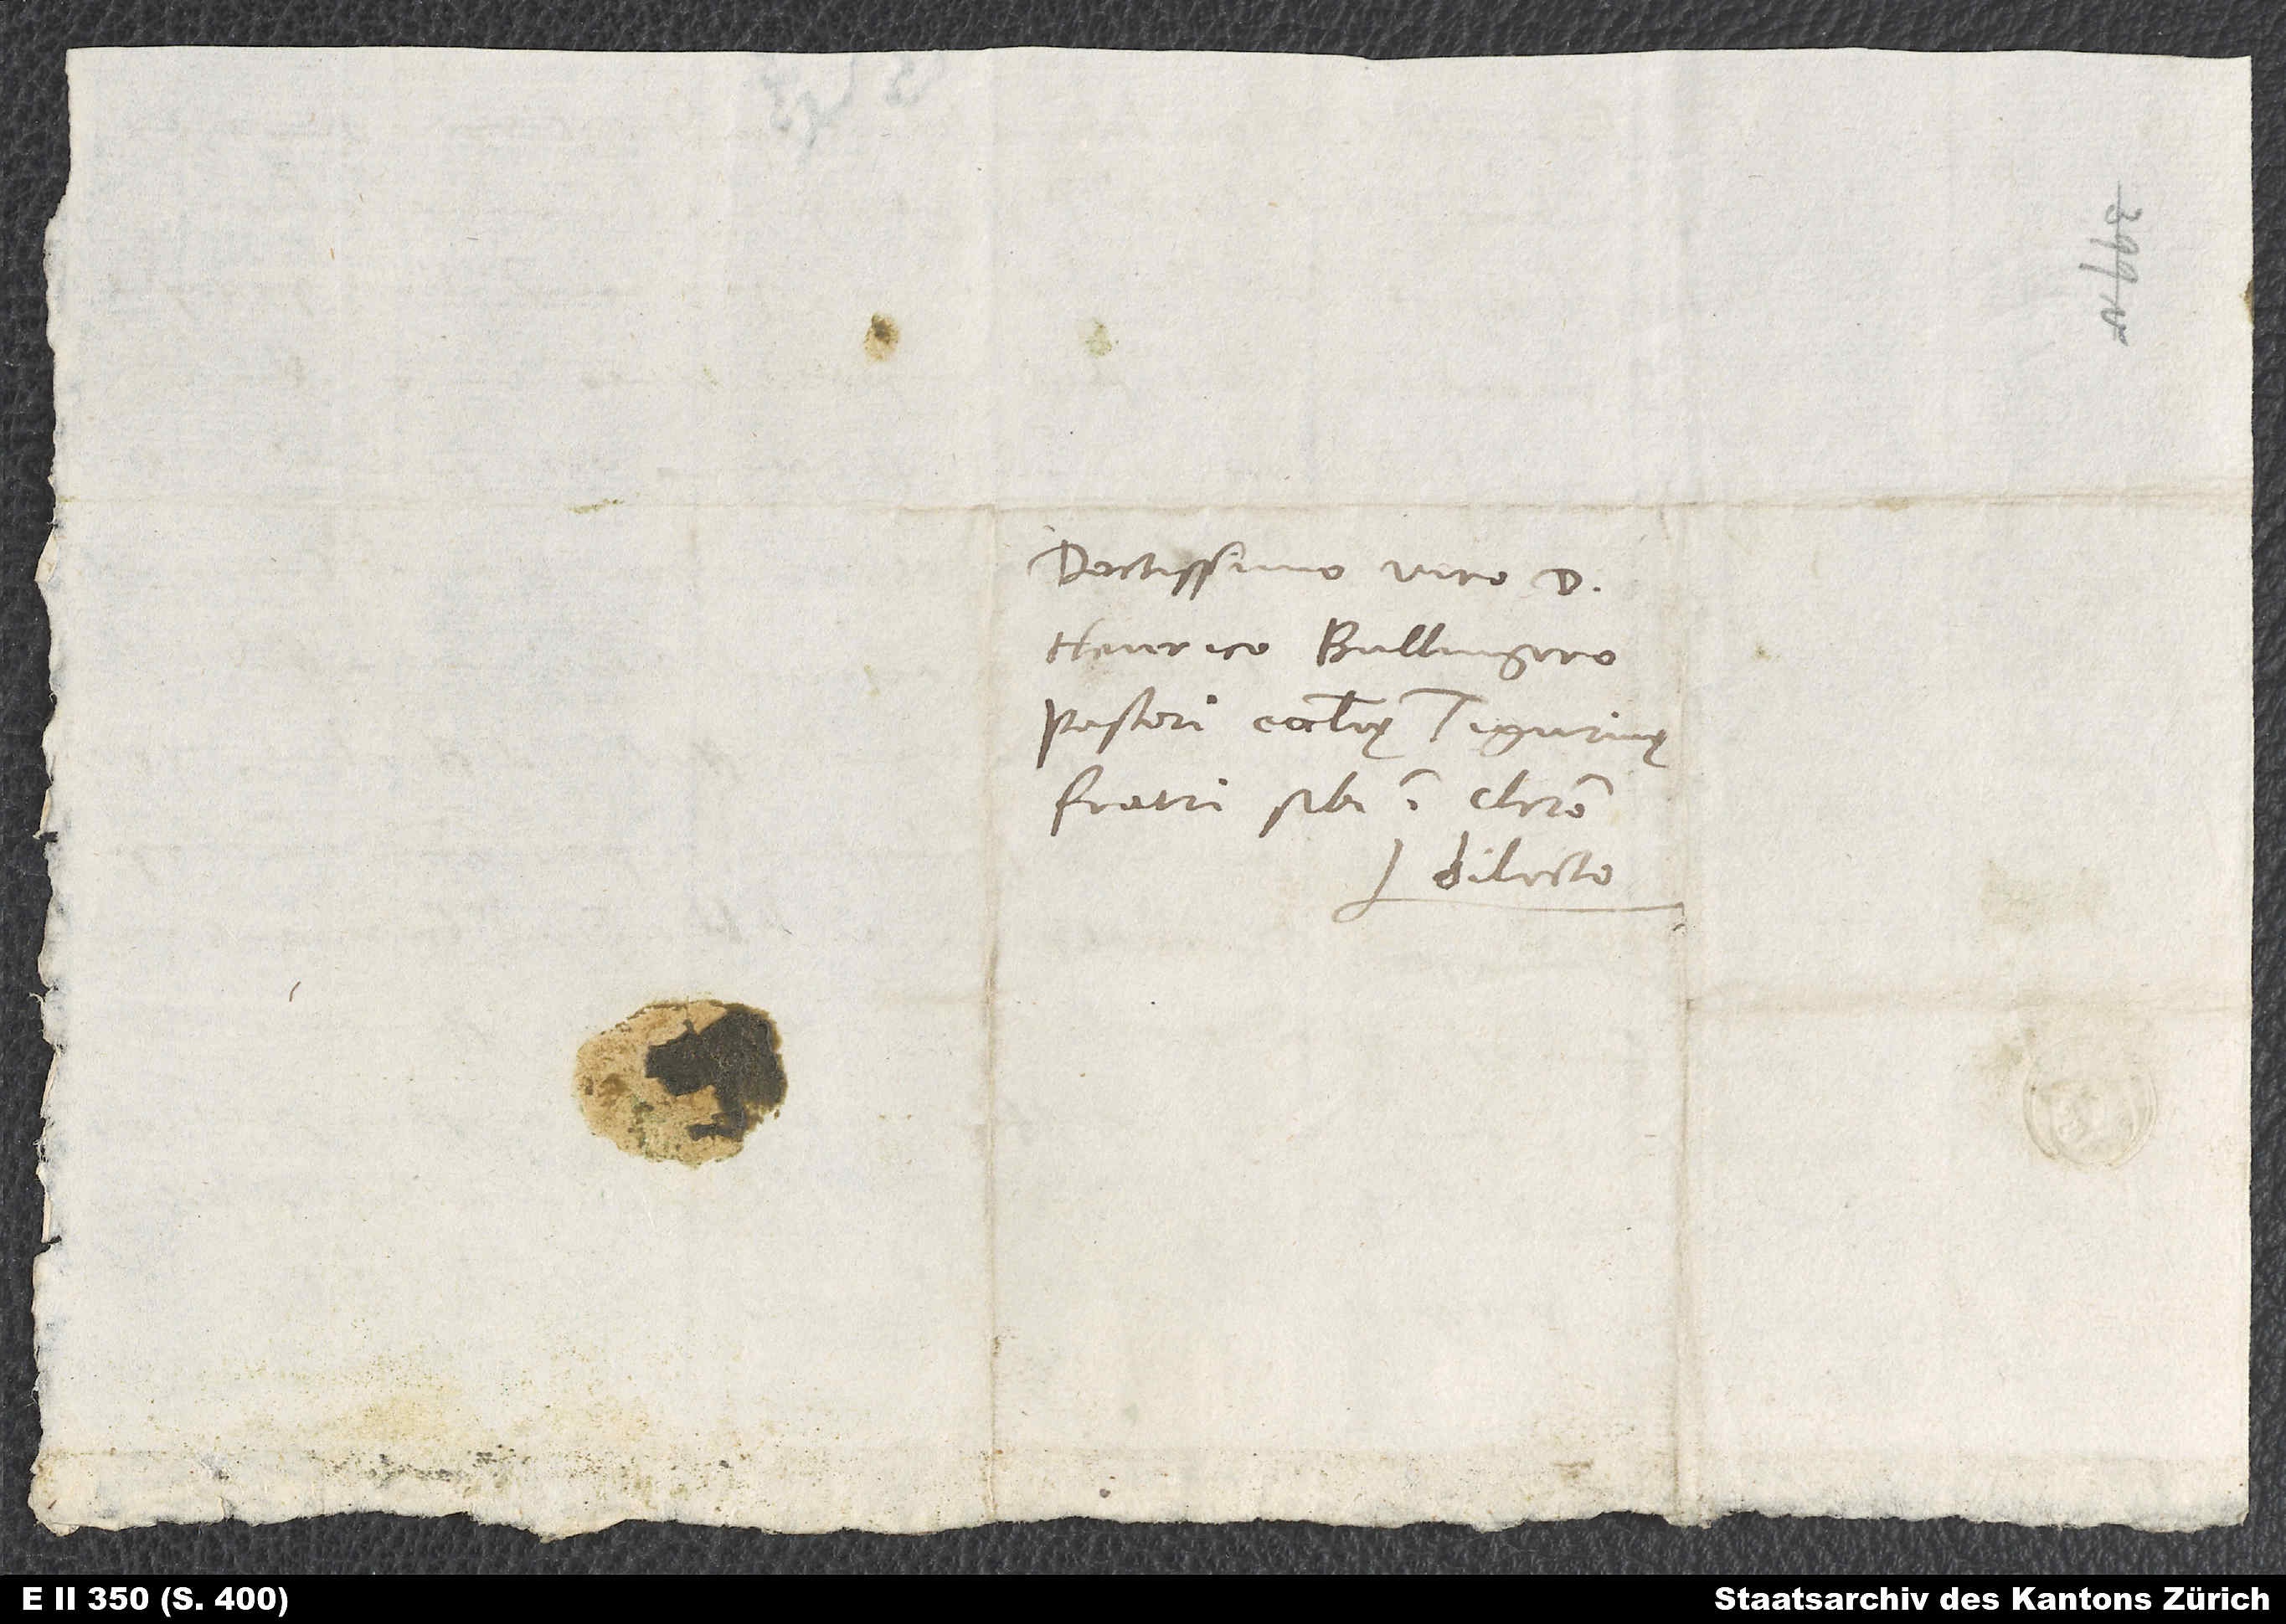
Doctissimo viro d.
Henrico Bullingero,
pastori ecclesię Tigurinę,
fratri sibi in Christo
dilecto.